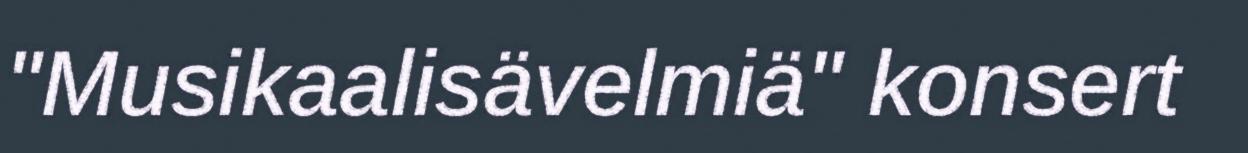
"Musikaalisävelmiä" konsert